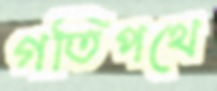
গতিপথে